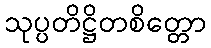
သုပ္ပတိဋ္ဌိတစိတ္တော